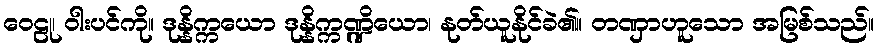
ဝေဠု၊ ဝါးပင်ကို။ ဒုန္နိက္ကယော ဒုန္နိက္ကဏ္ဍိယော၊ နုတ်ယူနိုင်ခဲ၏။ တဏှာဟူသော အမြစ်သည်။